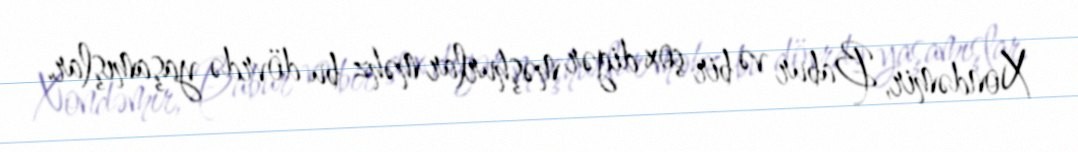
Xondəmir, Babur və bir çox digər məşhurlar məhz bu dövrdə yaşamışlar.